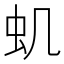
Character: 虮